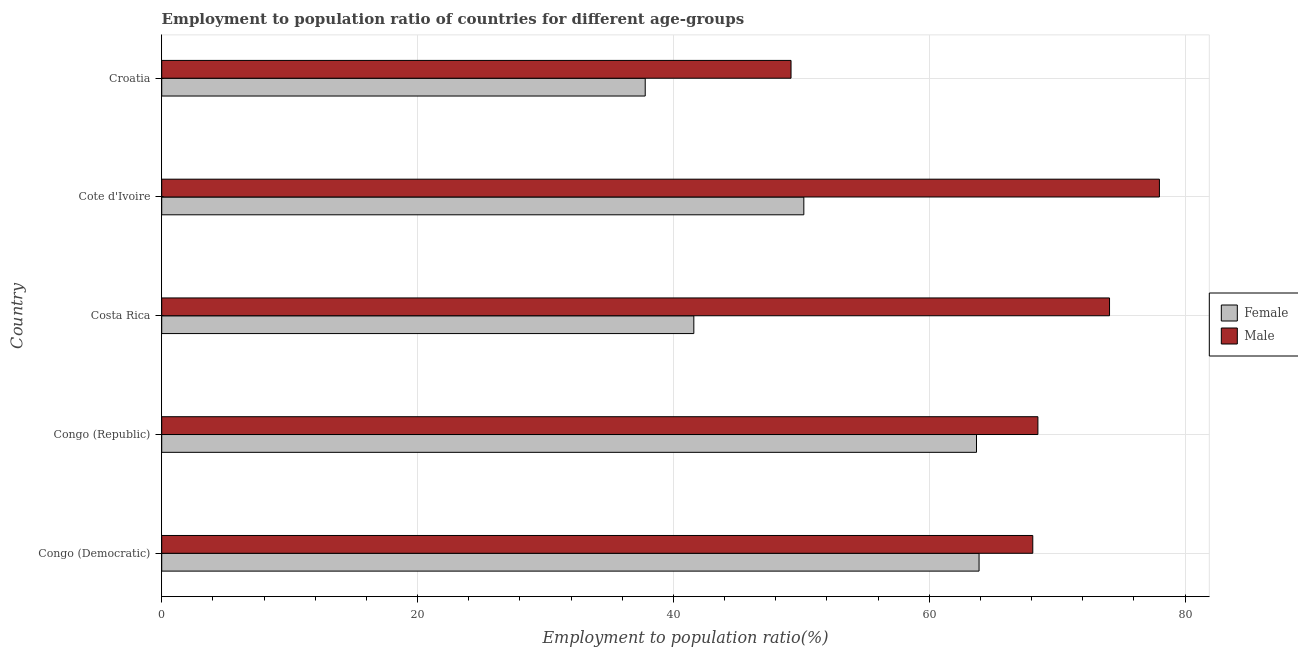
| Country | Female | Male |
 | --- | --- | --- |
 | Congo (Democratic) | 63.9 | 68.1 |
 | Congo (Republic) | 63.7 | 68.5 |
 | Costa Rica | 41.6 | 74.1 |
 | Cote d'Ivoire | 50.2 | 78 |
 | Croatia | 37.8 | 49.2 |